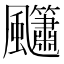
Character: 𮨳